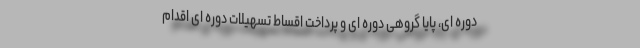
دوره ای، پایا گروهی دوره ای و پرداخت اقساط تسهیلات دوره ای اقدام